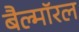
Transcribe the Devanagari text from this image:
बैल्मॉरल